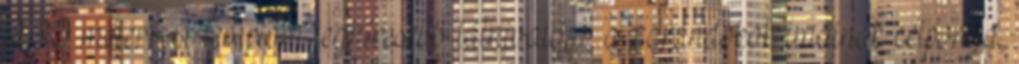
2,60 méter.A templom leghíresebb látnivalója, a zarándokok imáinak célpontja,